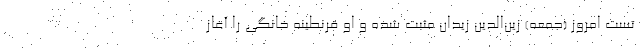
تست امروز (جمعه) زین‌الدین زیدان مثبت شده و او قرنطینه خانگی را آغاز